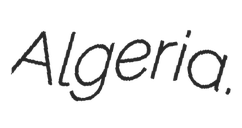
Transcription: Algeria.